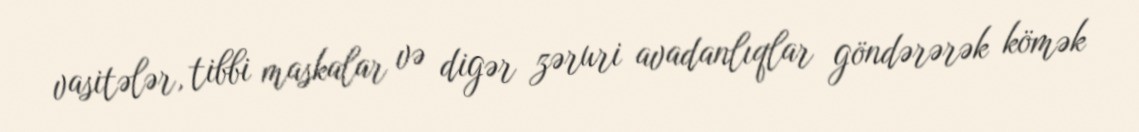
vasitələr, tibbi maskalar və digər zəruri avadanlıqlar göndərərək kömək